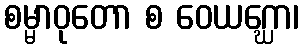
စမ္မာဝုတော စ ဝေယဂ္ဃော၊